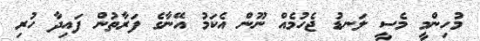
މުހިންމީ މެސީ ލަނޑު ޖެހުމެއް ނޫން އެކަމު އޭނާގެ ފަރާތުން ފައިދާ ހުރި